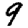
Digit: 9